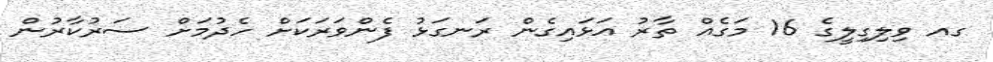
ގއ ވިލިގިލީގެ 16 މަގެއް ތާރު އަޅައިގެން ރަނގަޅު ފެންވަރަކަށް ހެދުމަށް ސަރުކާރުން